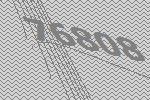
76808